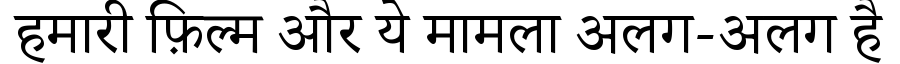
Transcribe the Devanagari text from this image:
हमारी फ़िल्म और ये मामला अलग-अलग है